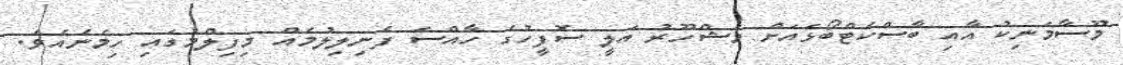
މޫސާމަނިކު އާއި ބާސްކެޓްބޯޅައަށް މަޝްހޫރު އަލީ ސޮފީހުގެ ހާއްސަ ފެނިލިލުމެއް މިފިލްމުގައި ހިމެނެއެވެ.